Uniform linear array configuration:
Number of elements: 32
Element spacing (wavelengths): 0.75
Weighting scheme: uniform
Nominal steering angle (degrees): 60
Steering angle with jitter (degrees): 58.774
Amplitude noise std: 0.05
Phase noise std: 0.05

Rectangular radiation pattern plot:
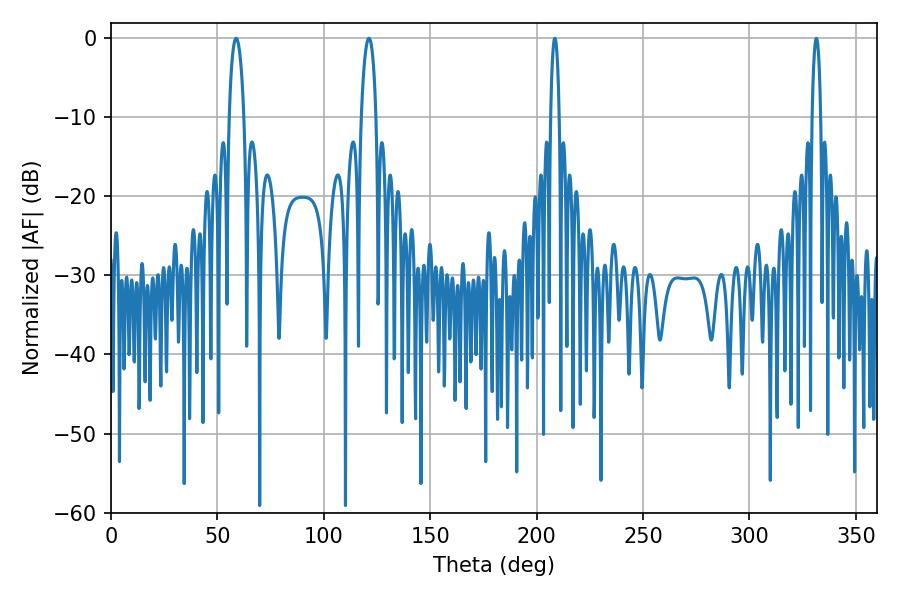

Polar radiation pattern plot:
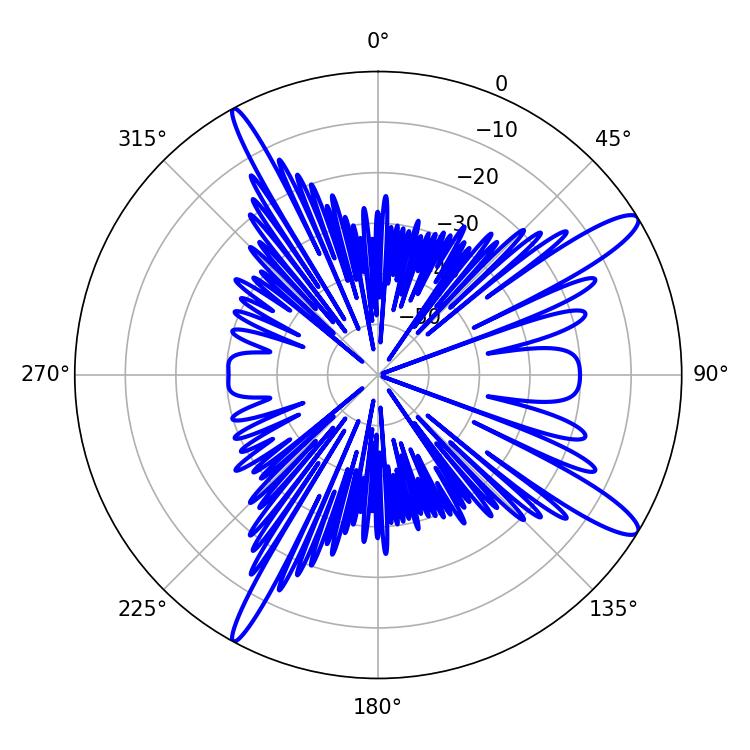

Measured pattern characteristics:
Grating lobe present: TRUE
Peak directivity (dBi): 13.306
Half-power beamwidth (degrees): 3.96
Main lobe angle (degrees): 58.86